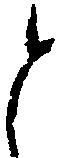
と